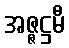
အဇ္ဇဋ္ဌမီ